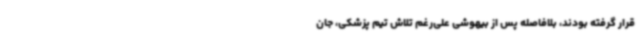
قرار گرفته بودند، بلافاصله پس از بیهوشی علی‌رغم تلاش تیم پزشکی، جان